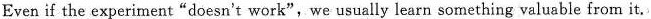
Even if the experiment "doesn't work",we usually learn something valuable from it,